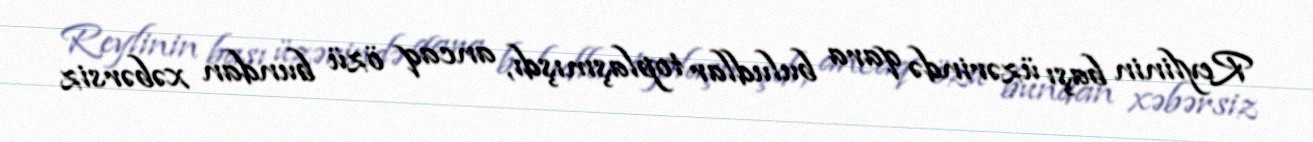
Reylinin başı üzərində qara buludlar toplaşmışdı, ancaq özü bundan xəbərsiz